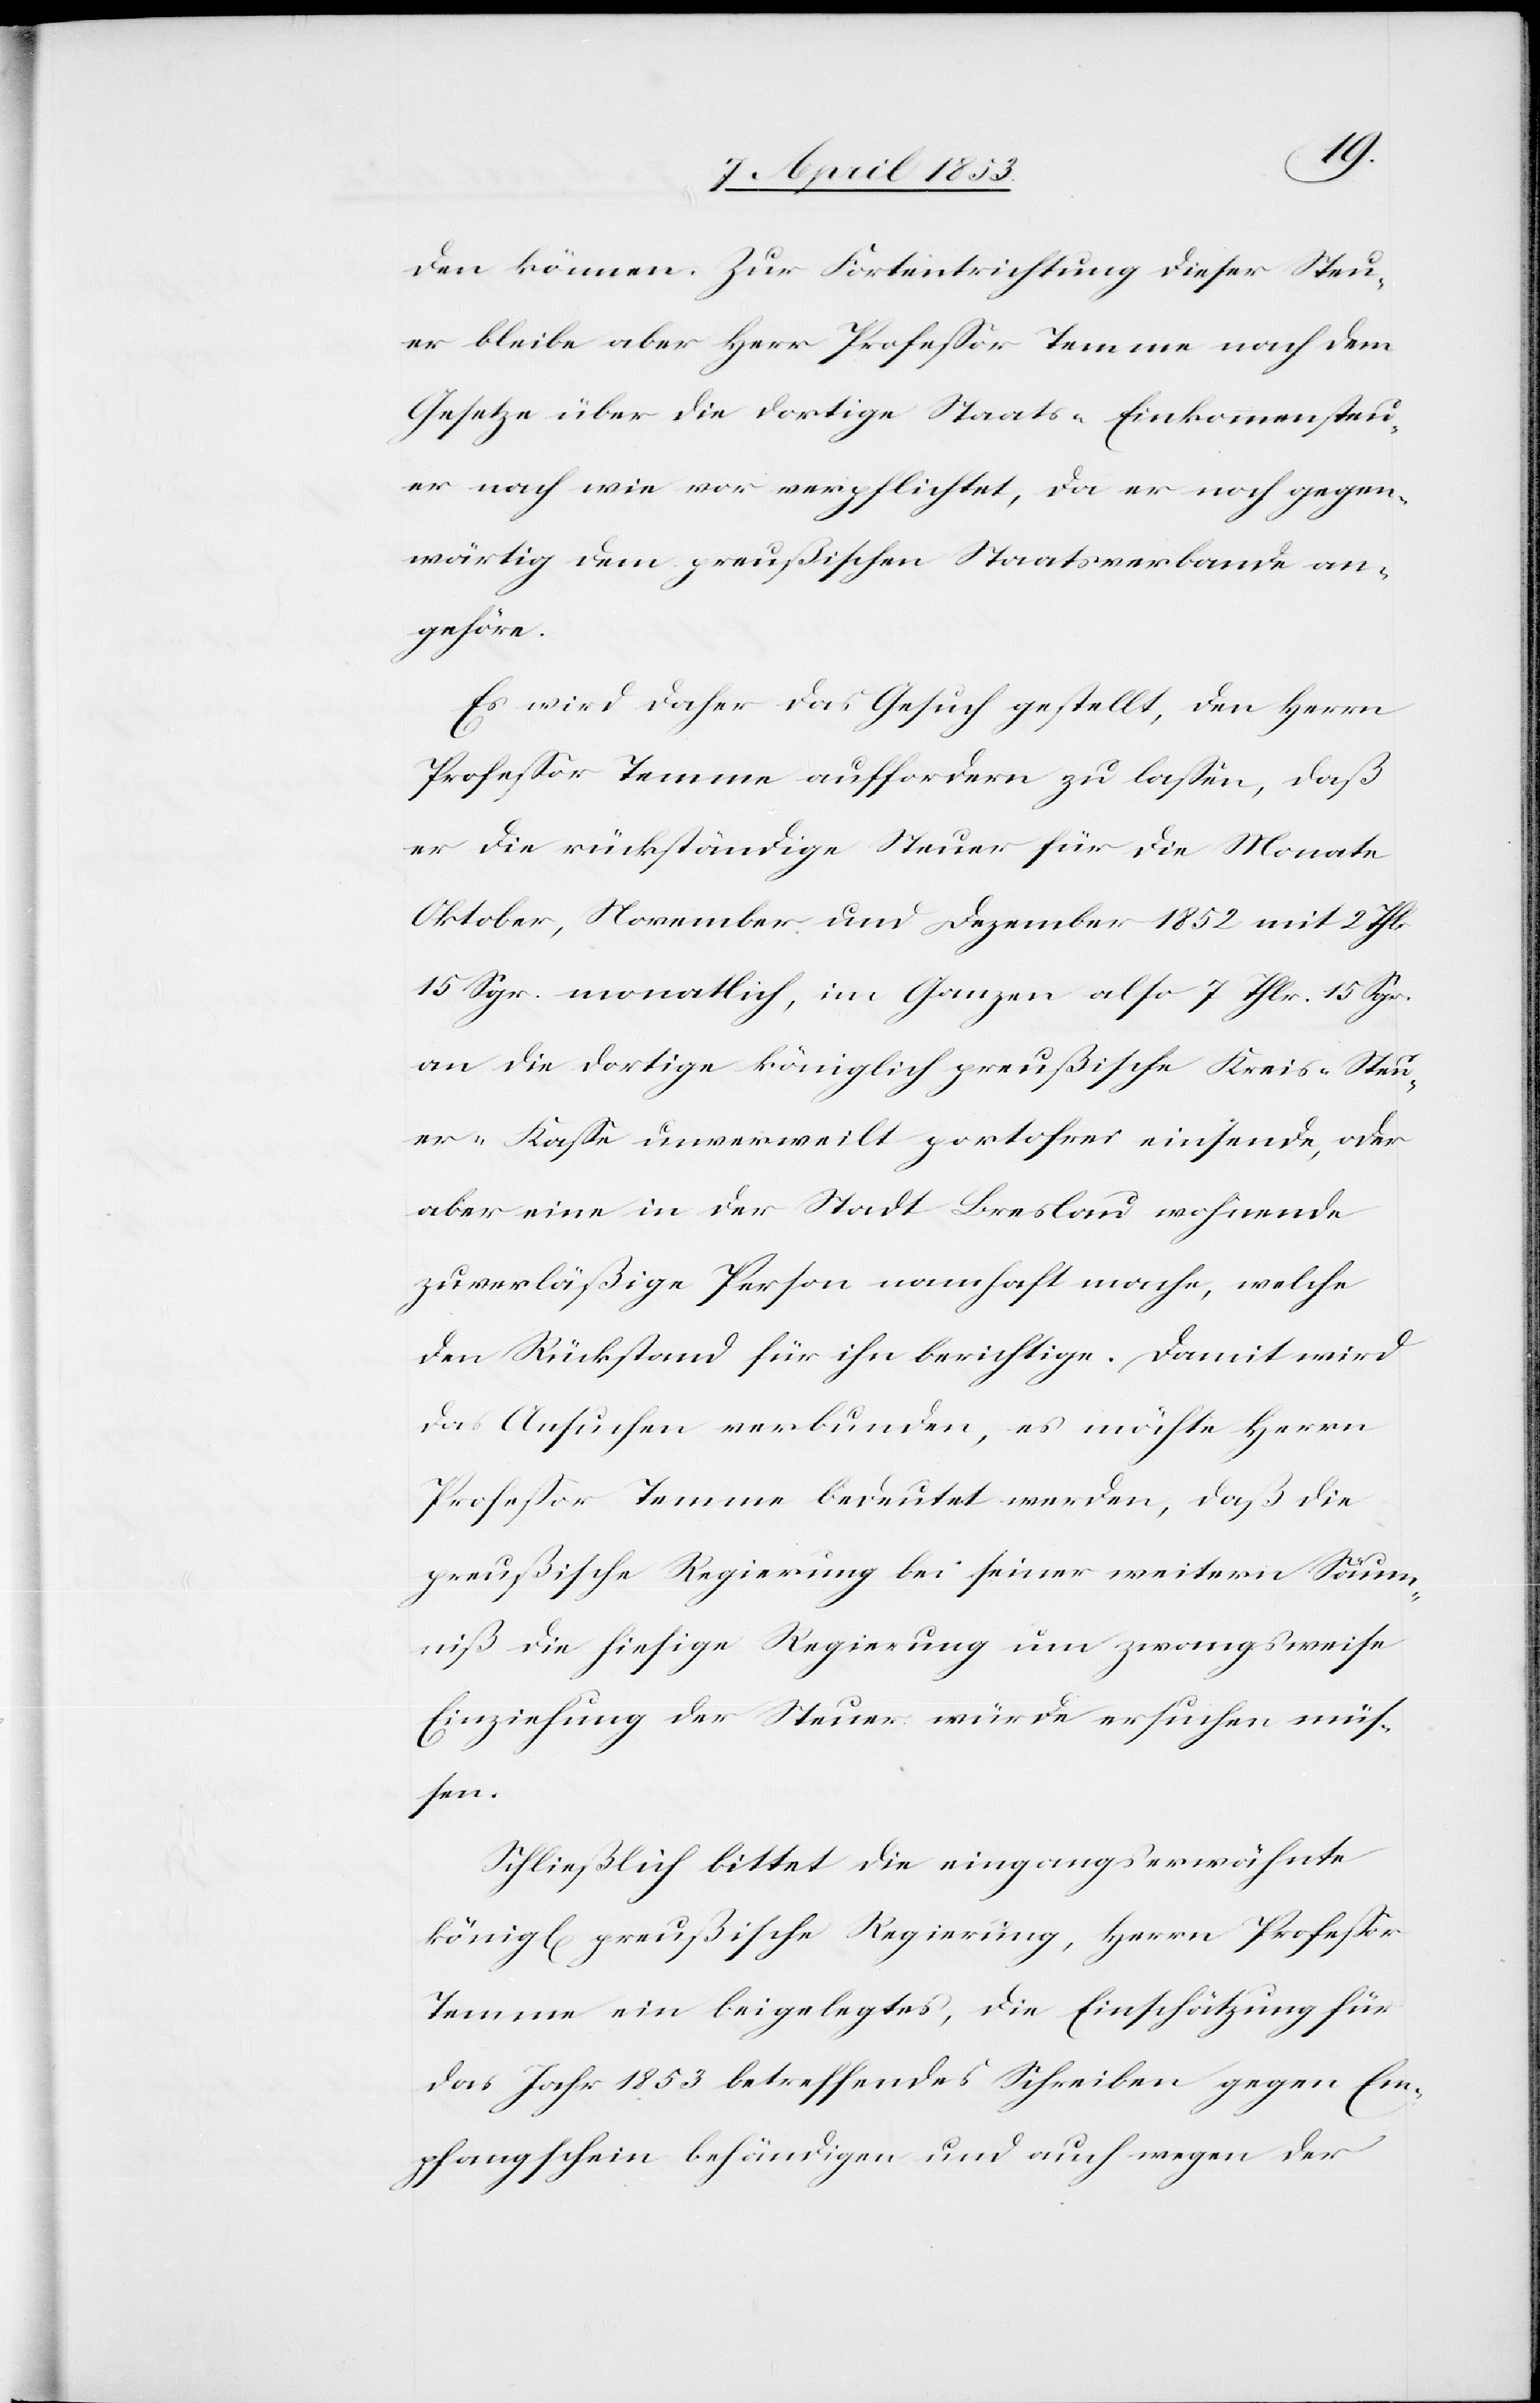
den können. Zur Fortentrichtung dieser Steu¬
er bleibe aber Herr Professor Temme noch dem
Gesetze über die dortige Staats-Einkommenssteu¬
er nach wie vor verpflichtet, da er noch gegen¬
wärtig dem preußischen Staatsverbande an¬
gehöre.
Es wird daher das Gesuch gestellt, den Herrn
Professor Temme aufforden zu laßen, daß
er die rückständige Steuer für die Monate
Oktober, November und Dezember 1852 mit 2 Thlr.
15 Sgr. monatlich, im Ganzen also 7 Thlr. 15 Sgr.
an die dortige königlich preußische Kreis-Steu¬
er-Kaße unverweilt portofrei einsende, oder
aber eine in der Stadt Breslau wohnende
zuverläßige Person namhaft mache, welche
den Rückstand für ihn berichtige. Damit wird
das Ansuchen verbunden, es möchte Herrn
Professor Temme bedeutet werden, daß die
preußische Regierung bei seiner weitern Säum¬
niß die hiesige Regierung um zwangsweise
Einziehung der Steuer würde ersuchen müs¬
sen.
Schließlich bittet die eingangserwähnte
könig[lichen] preußische Regierung, Herrn Professor
Temme ein beigelegtes, die Einschätzung für
das Jahr 1853 betreffendes Schreiben gegen Em¬
pfangsschein behändigen und auch wegen der